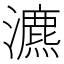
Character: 瀌